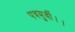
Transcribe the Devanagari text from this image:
पत्रमुर्वी।।